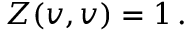
Z ( v , v ) = 1 \, .